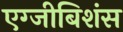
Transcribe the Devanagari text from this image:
एग्जीबिशंस